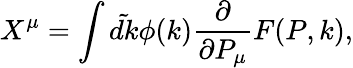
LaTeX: X^{\mu}=\int\tilde{dk}\phi(k){\frac{\partial}{{\partial P_{\mu}}}}F(P,k),